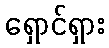
ရှောင်ရှား